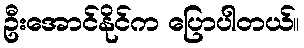
ဦးအောင်နိုင်က ပြောပါတယ်။